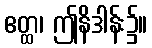
ဧတ္ထ၊ ဤနိဒါန်း၌။